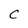
Character: C